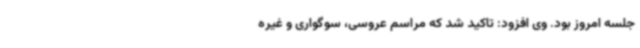
جلسه امروز بود. وی افزود: تاکید شد که مراسم عروسی، سوگواری و غیره